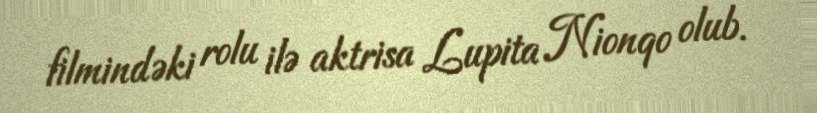
filmindəki rolu ilə aktrisa Lupita Nionqo olub.